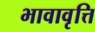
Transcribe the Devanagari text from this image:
भावावृत्ति